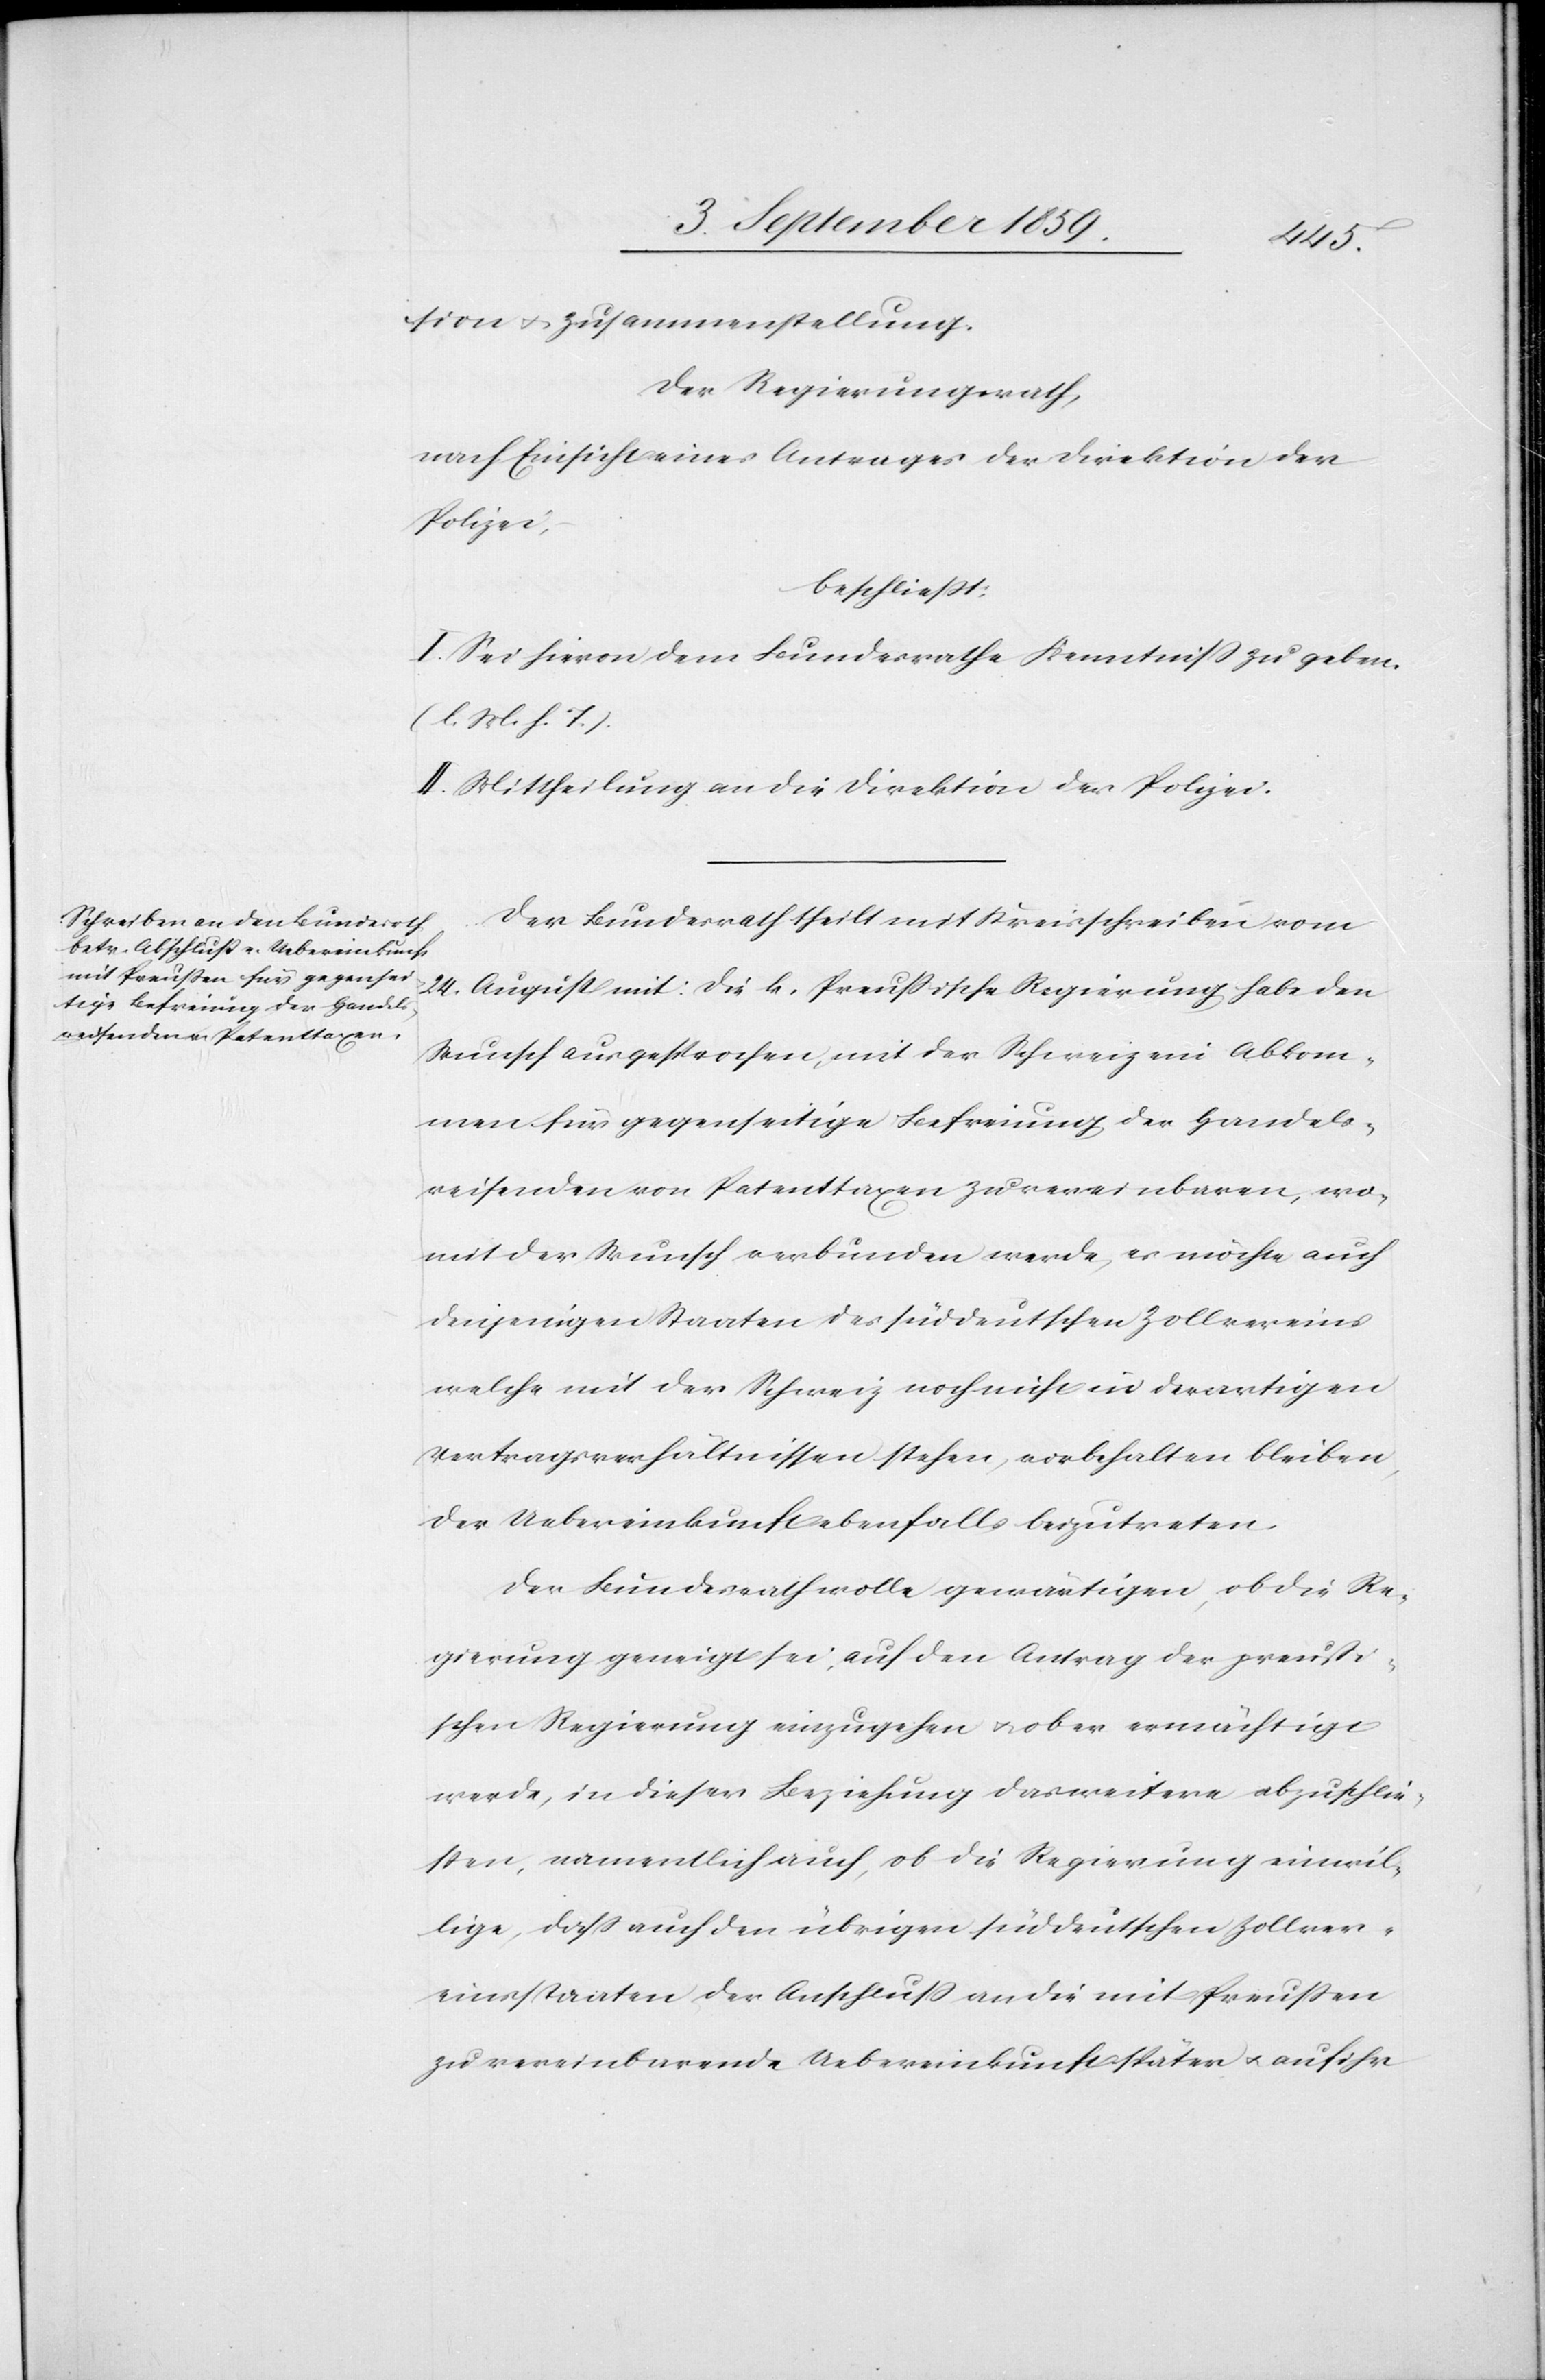
sion & Zusammenstellung.
Der Regierungsrath,
nach Einsicht eines Antrages der Direktion der
Polizei,
beschließt:
I. Sei hievon dem Bundesrathe Kenntniß zu geben.
(l. M. h. T.)
II. Mittheilung an die Direktion der Polizei.
Der Bundesrath theilt mit Kreisschreiben vom
24. August mit: Die k. Preußische Regierung habe den
Wunsch ausgesprochen, mit der Schweiz ein Abkom¬
men für gegenseitige Befreiung der Handels¬
reisenden v. Patenttaxen zu vereinbaren, wo¬
mit der Wunsch verbunden werde, es möchte auch
denjenigen Staaten des süddeutschen Zollvereins
welche mit der Schweiz noch nicht in derartigen
Vertragsverhältnissen stehen, vorbehalten bleiben,
der Uebereinkunft ebenfalls beizutreten.
Der Bundesrath wolle gewärtigen, ob die Re¬
gierung geneigt sei, auf den Antrag der preußi¬
schen Regierung einzugehen & aber ermächtigt
werde, in dieser Beziehung das weitere abzuschlie¬
ßen, namentlich auch, ob die Regierung einwil¬
lige, daß auch den übrigen südöstlichen Zollver¬
einsstaaten der Anschluß an die mit Preußen
zu vereinbarende Uebereinkunft später & auf ihr